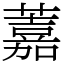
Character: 䕒